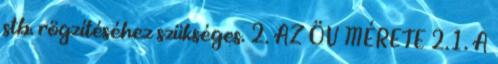
stb. rögzítéséhez szükséges. 2. AZ ÖV MÉRETE 2.1. A